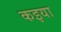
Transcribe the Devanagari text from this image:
कइया